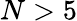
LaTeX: N>5